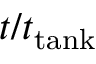
t / t _ { \mathrm { t a n k } }